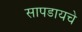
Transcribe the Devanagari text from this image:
सापडायचे